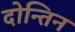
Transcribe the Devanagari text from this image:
दोन्तिन